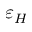
\varepsilon _ { H }